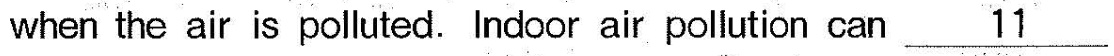
when the air is polluted. Indoor air pollution can \underline{11}